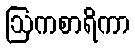
ဩကစာရိကာ